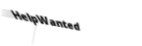
HelpWanted